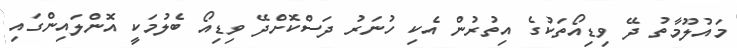
މައުލޫމާތު ދޭ ވިޑިއޯތަކުގެ އިތުރުން އެކި ހުނަރު ދަސްކޮށްދޭ ވިޑިއޯ ބެލުމަކީ އޮންލައިންގައި